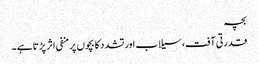
بچہ
قدرتی آفت، سیلاب اور تشدد کا بچوں پر منفی اثر پڑتا ہے ۔